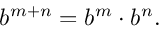
b ^ { m + n } = b ^ { m } \cdot b ^ { n } .